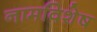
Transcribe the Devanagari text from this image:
नामविशेष